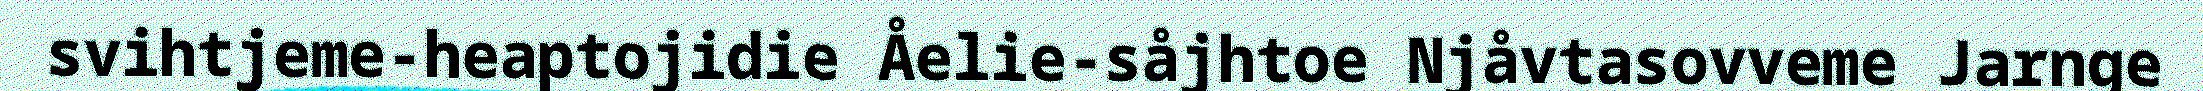
svihtjeme-heaptojidie Åelie-såjhtoe Njåvtasovveme Jarnge